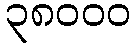
၃၈၀၀၀